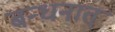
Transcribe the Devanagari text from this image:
बन्धनात्